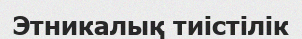
Этникалық тиістілік